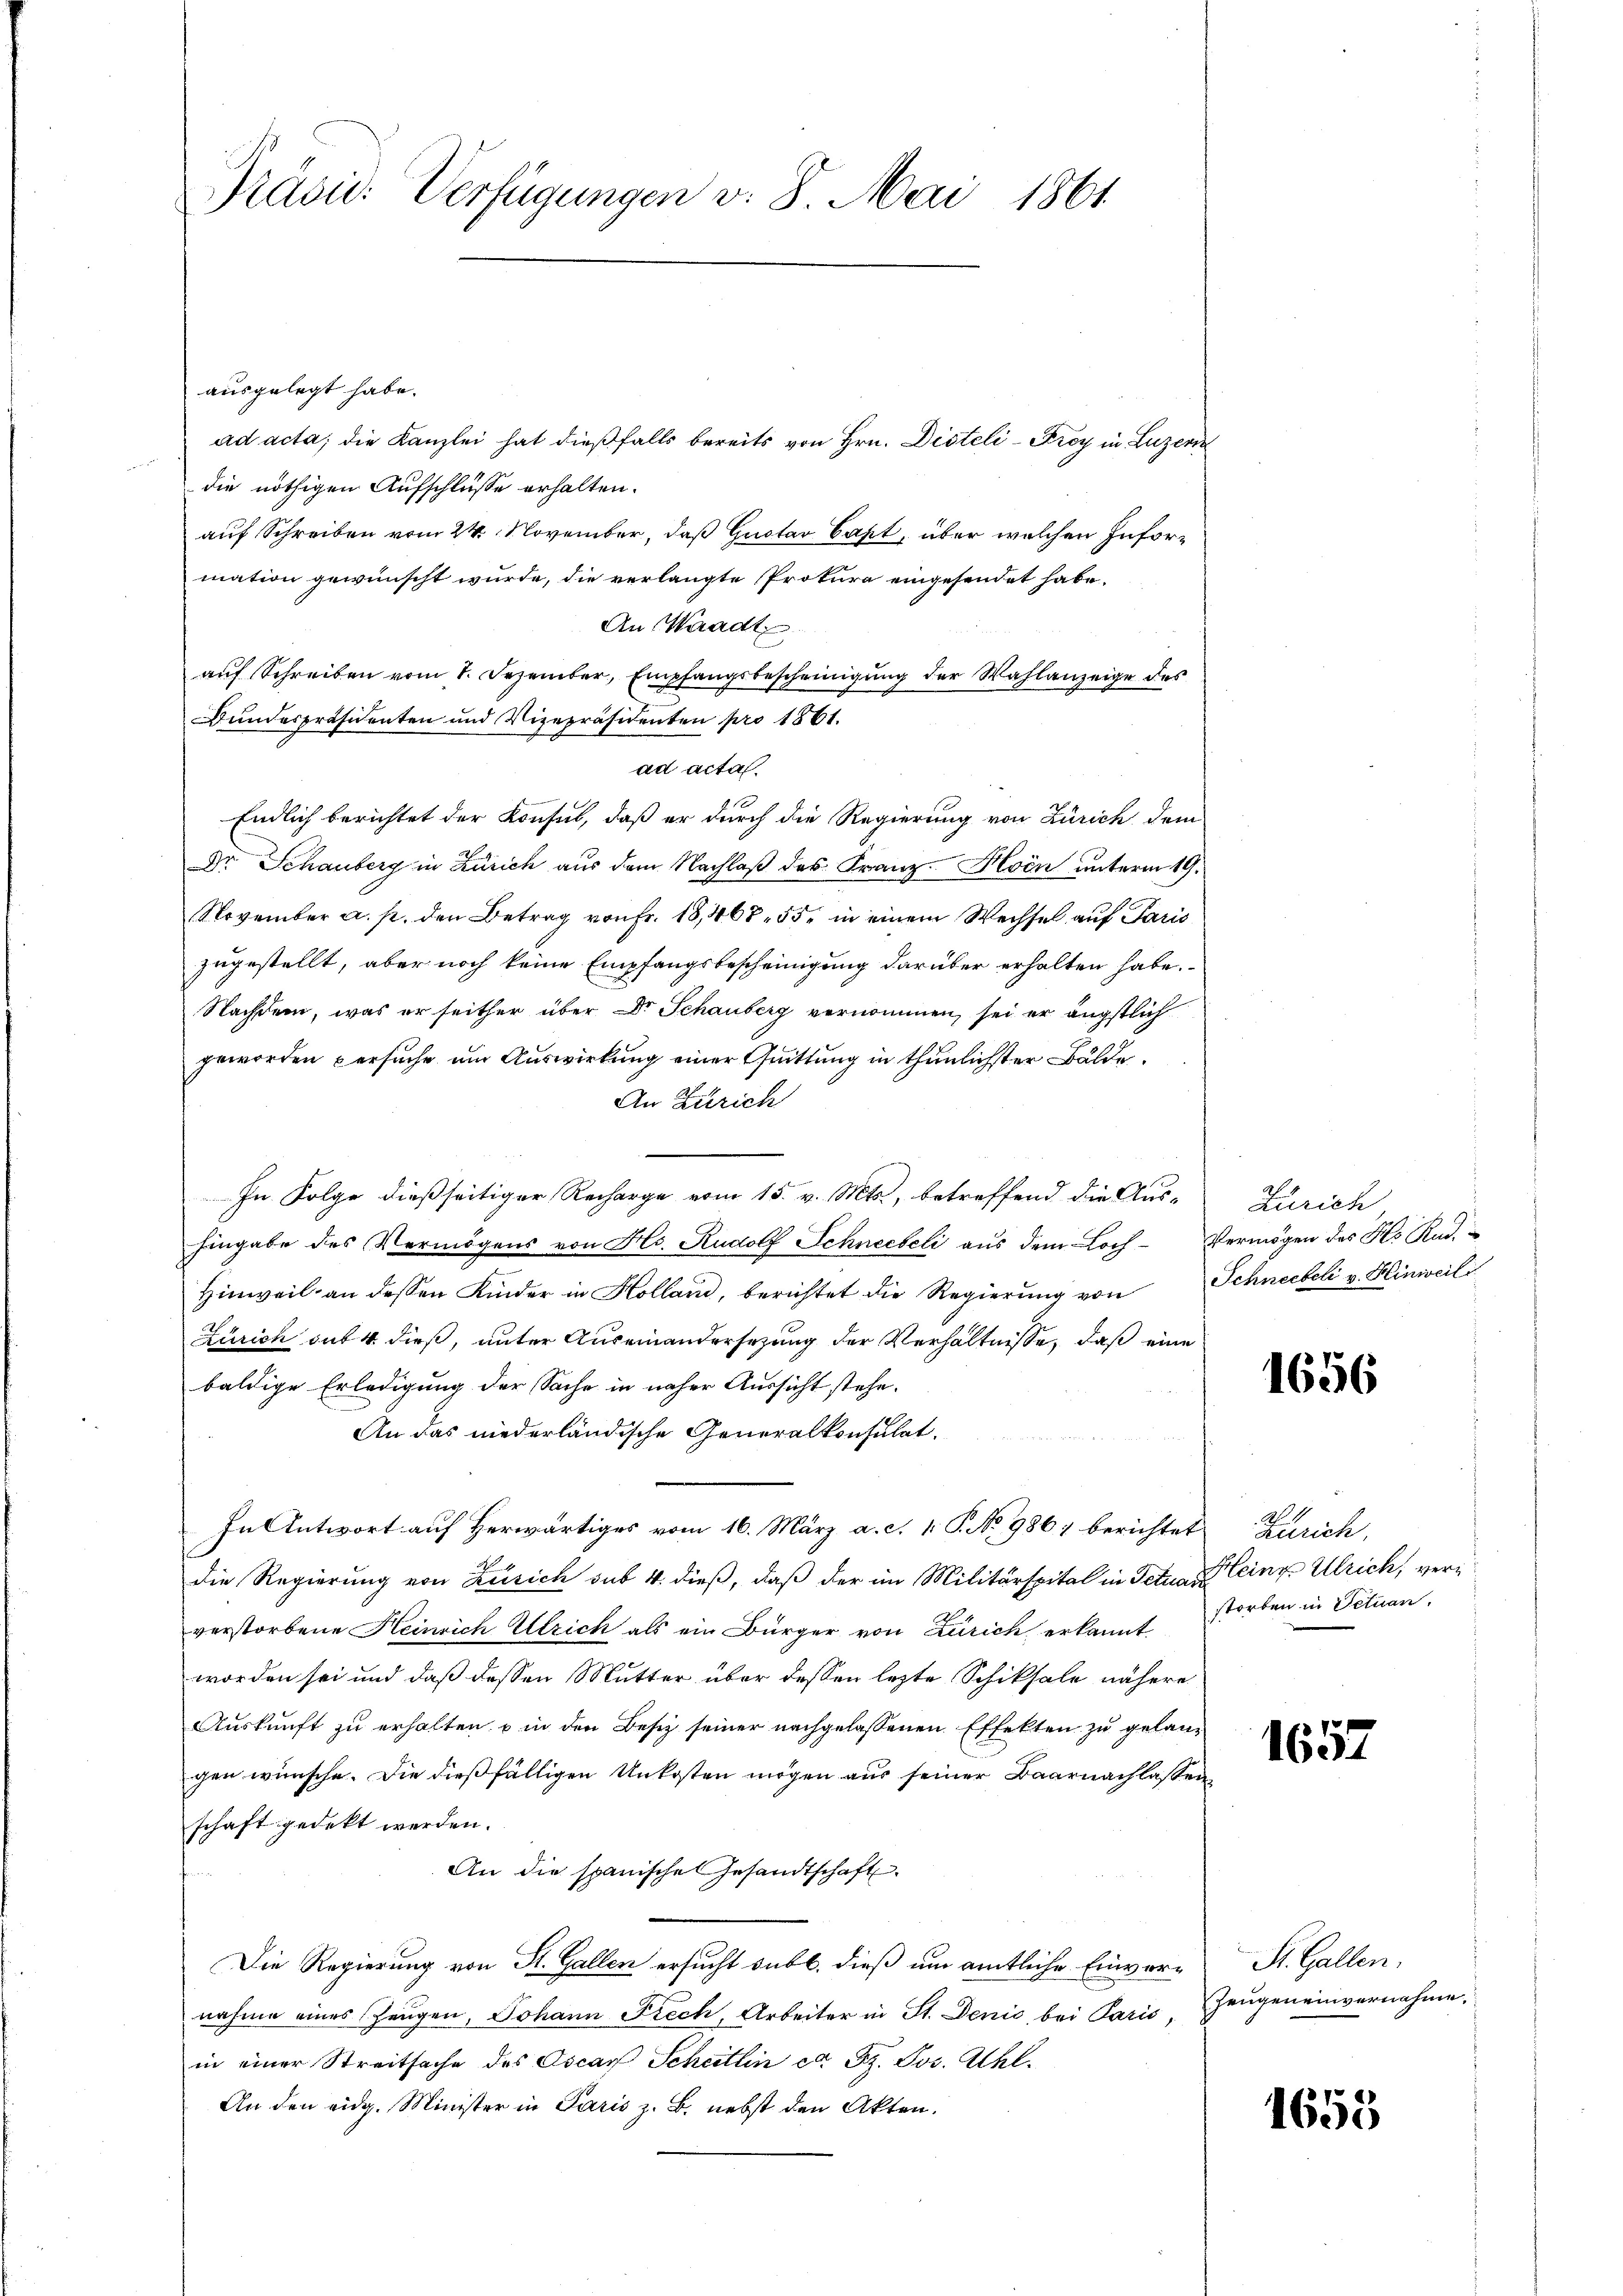
ausgelegt habe.
ad acta, die Kanzlei hat dießfalls bereits von Hrn. Disteli - Frey in Luzern
die nöthigen Aufschlüsse erhalten.
auf Schreiben vom 24. November, daß Gustav Capt, über welchen Information gewünscht wurde, die verlangte Prokura eingesendet habe.
An Waadt
auf Schreiben vom 1. Dezember, Empfangsbescheinigung der Wahlanzeige des
Bundespräsidenten und Vizepräsidenten pro 1861.
ad acta.
1f
Endlich berichtet der Konsul, daß er durch die Regierung von Zürich dem
Dr Schauberg in Zürich aus dem Nachlaß des Franz Hoen unterm 19.
November a. p. den Betrag von Fr. 18,468. 55, in einem Wechsel auf Paris
zugestellt, aber noch keine Empfangsbescheinigung darüber erhalten habe.
Nachdem, was er seither über Dr. Schauberg vernommen, sei er ängstlich
geworden persuche um Auswirkung einer Quittung in thunlichster Bälde
An Zürich
In Folge dießseitiger Recharge vom 15. v. Mts., betreffend die Aus-
hingabe des Vermögens von Hs. Rudolf Schneebeli aus dem Loch-Vermögen des Hs. Rud.
Hinweil an dessen Kinder in Kollan, berichtet die Regierŭng von Schneebeli v. Hinweili
Zürich auf 4 dieß, unter Auseinandersezung der Verhältnisse, daß eine
baldige Erledigung der Sache in näher Aussicht stehe.
An das niederländische Generalkonsulat.
In Antwort auf Herwärtiges vom 16. März a. c. 1 S. No 9861 berichtet Zürich,
die Regierung von Zusich sub 4. dieß, daß der im Militärspital in Actuar eing. Ulrich, ververstorbene Heinrich Ulrich als ein Bürger von Zürich erkannt storben in Situan
worden sei und daß dessen Mutter über dessen letzte Schiksale nähere
Auskunft zu erhalten, u in den Besiz seiner nachgelassenen Effekten zu gelangen wünsche. Die dießfälligen Unkosten mögen aus seiner Baarnachlassen
schaft gedekt werden.
An die spanische Gesandtschaft
s
Die Regierung von St. Gallen ersucht sub b. dieß um amtliche Einvernahme eines Zeugen, Johann Fiech, Arbeiter in St. Denić, bei Paris. Zeŭgen einvernahme.
in einer Streitsache des Oscar Schattin et. Bz. Jos. Uhl.
An den eidg. Minister in Paris z. B. nebst den Akten.

Präsid. Verfügungen v. 8. Mai 1861.

Zürich

1656

1

1657

St. Gallen.

1653